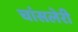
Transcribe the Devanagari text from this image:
चांसलेरी